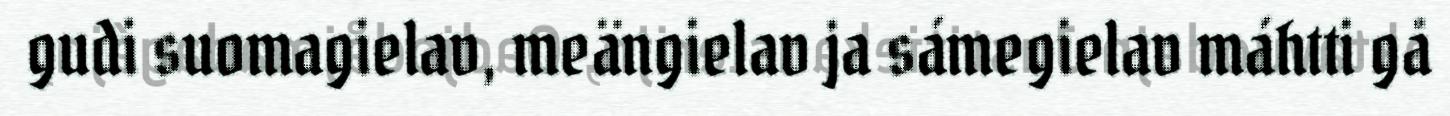
gudi suomagielav, meängielav ja sámegielav máhtti gå